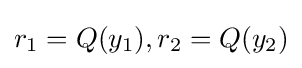
r_{1}=Q(y_{1}),r_{2}=Q(y_{2})